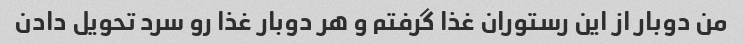
من دوبار از این رستوران غذا گرفتم و هر دوبار غذا رو سرد تحویل دادن